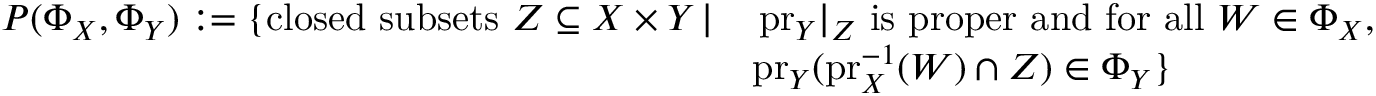
\begin{array} { r l } { P ( \Phi _ { X } , \Phi _ { Y } ) : = \{ \mathrm { c l o s e d ~ s u b s e t s ~ } Z \subseteq X \times Y \, | } & { \, \mathrm { p r } _ { Y } | _ { Z } \mathrm { ~ i s ~ p r o p e r ~ a n d ~ f o r ~ a l l ~ } W \in \Phi _ { X } , } \\ & { \mathrm { p r } _ { Y } ( \mathrm { p r } _ { X } ^ { - 1 } ( W ) \cap Z ) \in \Phi _ { Y } \} } \end{array}